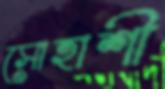
সোহাশী